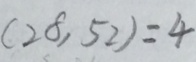
( 2 8 , 5 2 ) = 4